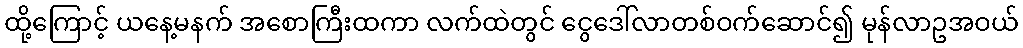
ထို့ကြောင့် ယနေ့မနက် အစောကြီးထကာ လက်ထဲတွင် ငွေဒေါ်လာတစ်ဝက်ဆောင်၍ မုန်လာဥအဝယ်